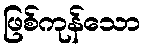
ဖြစ်ကုန်သော